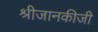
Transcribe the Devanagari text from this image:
श्रीजानकीजी